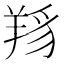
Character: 𦎋